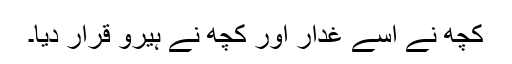
کچھ نے اسے غدار اور کچھ نے ہیرو قرار دیا۔